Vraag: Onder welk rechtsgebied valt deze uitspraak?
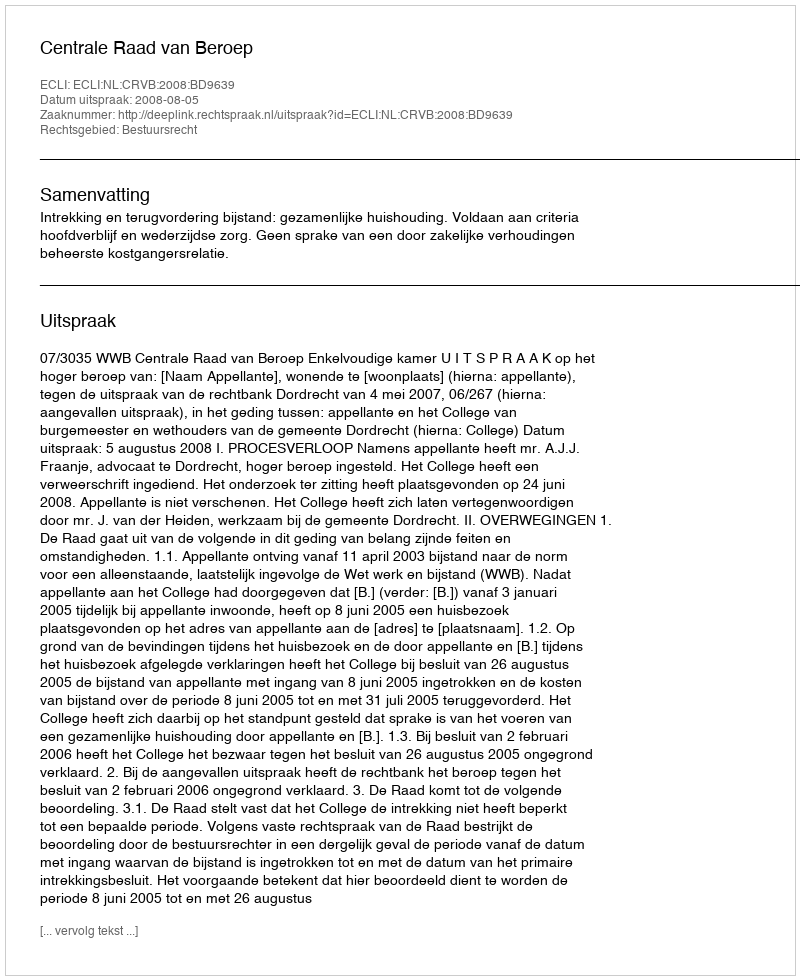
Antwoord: Bestuursrecht